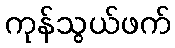
ကုန်သွယ်ဖက်